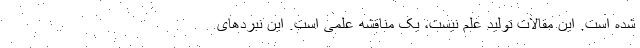
شده است. این مقالات تولید علم نیست، یک مناقشه علمی است. این نبردهای